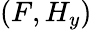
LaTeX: (F,H_{y})